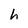
Character: h